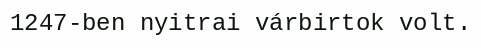
1247-ben nyitrai várbirtok volt.